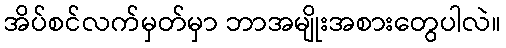
အိပ်စင်လက်မှတ်မှာ ဘာအမျိုးအစားတွေပါလဲ။